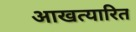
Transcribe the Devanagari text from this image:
आखत्यारित